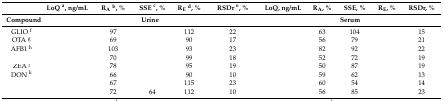
<table><thead><tr><td>[EMPTY_CELL]</td><td><b>LoQ <sup>a</sup>, ng/mL</b></td><td><b>R<sub>A</sub><sup>b</sup>, %</b></td><td><b>SSE <sup>c</sup>, %</b></td><td><b>R<sub>E</sub><sup>d</sup>, %</b></td><td><b>RSDr <sup>e</sup>, %</b></td><td><b>LoQ, ng/mL</b></td><td><b>R<sub>A</sub>, %</b></td><td><b>SSE, %</b></td><td><b>R<sub>E</sub>, %</b></td><td><b>RSDr, %</b></td></tr><tr><td><b>Compound</b></td><td colspan="5"><b>Urine</b></td><td colspan="5"><b>Serum</b></td></tr></thead><tbody><tr><td>GLIO <sup>f</sup></td><td>[EMPTY_CELL]</td><td>97</td><td>[EMPTY_CELL]</td><td>112</td><td>22</td><td>[EMPTY_CELL]</td><td>63</td><td>104</td><td>[EMPTY_CELL]</td><td>15</td></tr><tr><td>OTA <sup>g</sup></td><td>[EMPTY_CELL]</td><td>69</td><td>[EMPTY_CELL]</td><td>90</td><td>17</td><td>[EMPTY_CELL]</td><td>56</td><td>79</td><td>[EMPTY_CELL]</td><td>21</td></tr><tr><td>AFB1 <sup>h</sup></td><td>[EMPTY_CELL]</td><td>103</td><td>[EMPTY_CELL]</td><td>93</td><td>23</td><td>[EMPTY_CELL]</td><td>82</td><td>92</td><td>[EMPTY_CELL]</td><td>22</td></tr><tr><td>[EMPTY_CELL]</td><td>[EMPTY_CELL]</td><td>70</td><td>[EMPTY_CELL]</td><td>99</td><td>18</td><td>[EMPTY_CELL]</td><td>52</td><td>72</td><td>[EMPTY_CELL]</td><td>19</td></tr><tr><td>ZEA <sup>j</sup></td><td>[EMPTY_CELL]</td><td>78</td><td>[EMPTY_CELL]</td><td>95</td><td>19</td><td>[EMPTY_CELL]</td><td>50</td><td>87</td><td>[EMPTY_CELL]</td><td>19</td></tr><tr><td>DON <sup>k</sup></td><td>[EMPTY_CELL]</td><td>66</td><td>[EMPTY_CELL]</td><td>90</td><td>10</td><td>[EMPTY_CELL]</td><td>59</td><td>62</td><td>[EMPTY_CELL]</td><td>13</td></tr><tr><td>[EMPTY_CELL]</td><td>[EMPTY_CELL]</td><td>67</td><td>[EMPTY_CELL]</td><td>115</td><td>23</td><td>[EMPTY_CELL]</td><td>60</td><td>54</td><td>[EMPTY_CELL]</td><td>14</td></tr><tr><td>[EMPTY_CELL]</td><td>[EMPTY_CELL]</td><td>72</td><td>64</td><td>112</td><td>10</td><td>[EMPTY_CELL]</td><td>56</td><td>85</td><td>[EMPTY_CELL]</td><td>23</td></tr></tbody></table>